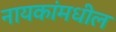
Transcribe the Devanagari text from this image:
नायकांमधील